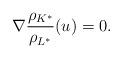
LaTeX: \begin{align*}\nabla\frac{\rho_{K^*}}{\rho_{L^*}}(u)=0.\end{align*}